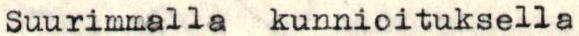
Suurimmalla kunnioituksella